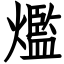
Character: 爁